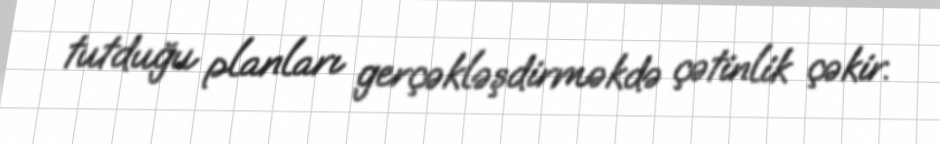
tutduğu planları gerçəkləşdirməkdə çətinlik çəkir.